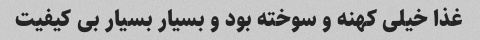
غذا خیلی کهنه و سوخته بود و بسیار بسیار بی کیفیت